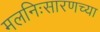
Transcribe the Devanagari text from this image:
मलनिःसारणच्या